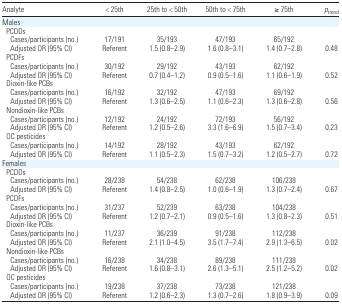
<table><thead><tr><td><b>Analyte</b></td><td><b>&lt; 25th</b></td><td><b>25th to &lt; 50th</b></td><td><b>50th to &lt; 75th</b></td><td><b>≥ 75th</b></td><td><b><i>p</i><sub>trend</sub></b></td></tr></thead><tbody><tr><td colspan="6">Males</td></tr><tr><td colspan="6"> PCDDs</td></tr><tr><td>Cases/participants (no.)</td><td>17/191</td><td>35/193</td><td>47/193</td><td>65/192</td><td></td></tr><tr><td>Adjusted OR (95% CI)</td><td>Referent</td><td>1.5 (0.8–2.9)</td><td>1.6 (0.8–3.1)</td><td>1.4 (0.7–2.8)</td><td>0.48</td></tr><tr><td colspan="6"> PCDFs</td></tr><tr><td>Cases/participants (no.)</td><td>30/192</td><td>29/192</td><td>43/193</td><td>62/192</td><td></td></tr><tr><td>Adjusted OR (95% CI)</td><td>Referent</td><td>0.7 (0.4–1.2)</td><td>0.9 (0.5–1.6)</td><td>1.1 (0.6–1.9)</td><td>0.52</td></tr><tr><td colspan="6"> Dioxin-like PCBs</td></tr><tr><td>Cases/participants (no.)</td><td>16/192</td><td>32/192</td><td>47/193</td><td>69/192</td><td></td></tr><tr><td>Adjusted OR (95% CI)</td><td>Referent</td><td>1.3 (0.6–2.5)</td><td>1.1 (0.6–2.3)</td><td>1.3 (0.6–2.8)</td><td>0.56</td></tr><tr><td colspan="6"> Nondioxin-like PCBs</td></tr><tr><td>Cases/participants (no.)</td><td>12/192</td><td>24/192</td><td>72/193</td><td>56/192</td><td></td></tr><tr><td>Adjusted OR (95% CI)</td><td>Referent</td><td>1.2 (0.5–2.6)</td><td>3.3 (1.6–6.9)</td><td>1.5 (0.7–3.4)</td><td>0.23</td></tr><tr><td colspan="6"> OC pesticides</td></tr><tr><td>Cases/participants (no.)</td><td>14/192</td><td>28/192</td><td>43/193</td><td>62/192</td><td></td></tr><tr><td>Adjusted OR (95% CI)</td><td>Referent</td><td>1.1 (0.5–2.3)</td><td>1.5 (0.7–3.2)</td><td>1.2 (0.5–2.7)</td><td>0.72</td></tr><tr><td colspan="6">Females</td></tr><tr><td colspan="6"> PCDDs</td></tr><tr><td>Cases/participants (no.)</td><td>28/238</td><td>54/238</td><td>62/238</td><td>106/238</td><td></td></tr><tr><td>Adjusted OR (95% CI)</td><td>Referent</td><td>1.4 (0.8–2.5)</td><td>1.0 (0.6–1.9)</td><td>1.3 (0.7–2.4)</td><td>0.67</td></tr><tr><td colspan="6"> PCDFs</td></tr><tr><td>Cases/participants (no.)</td><td>31/237</td><td>52/239</td><td>63/238</td><td>104/238</td><td></td></tr><tr><td>Adjusted OR (95% CI)</td><td>Referent</td><td>1.2 (0.7–2.1)</td><td>0.9 (0.5–1.6)</td><td>1.3 (0.8–2.3)</td><td>0.51</td></tr><tr><td colspan="6"> Dioxin-like PCBs</td></tr><tr><td>Cases/participants (no.)</td><td>11/237</td><td>36/239</td><td>91/238</td><td>112/238</td><td></td></tr><tr><td>Adjusted OR (95% CI)</td><td>Referent</td><td>2.1 (1.0–4.5)</td><td>3.5 (1.7–7.4)</td><td>2.9 (1.3–6.5)</td><td>0.02</td></tr><tr><td colspan="6"> Nondioxin-like PCBs</td></tr><tr><td>Cases/participants (no.)</td><td>16/238</td><td>34/238</td><td>89/238</td><td>111/238</td><td></td></tr><tr><td>Adjusted OR (95% CI)</td><td>Referent</td><td>1.6 (0.8–3.1)</td><td>2.6 (1.3–5.1)</td><td>2.5 (1.2–5.2)</td><td>0.02</td></tr><tr><td colspan="6"> OC pesticides</td></tr><tr><td>Cases/participants (no.)</td><td>19/238</td><td>37/238</td><td>73/238</td><td>121/238</td><td></td></tr><tr><td>Adjusted OR (95% CI)</td><td>Referent</td><td>1.2 (0.6–2.3)</td><td>1.3 (0.7–2.6)</td><td>1.8 (0.9–3.9)</td><td>0.09</td></tr></tbody></table>